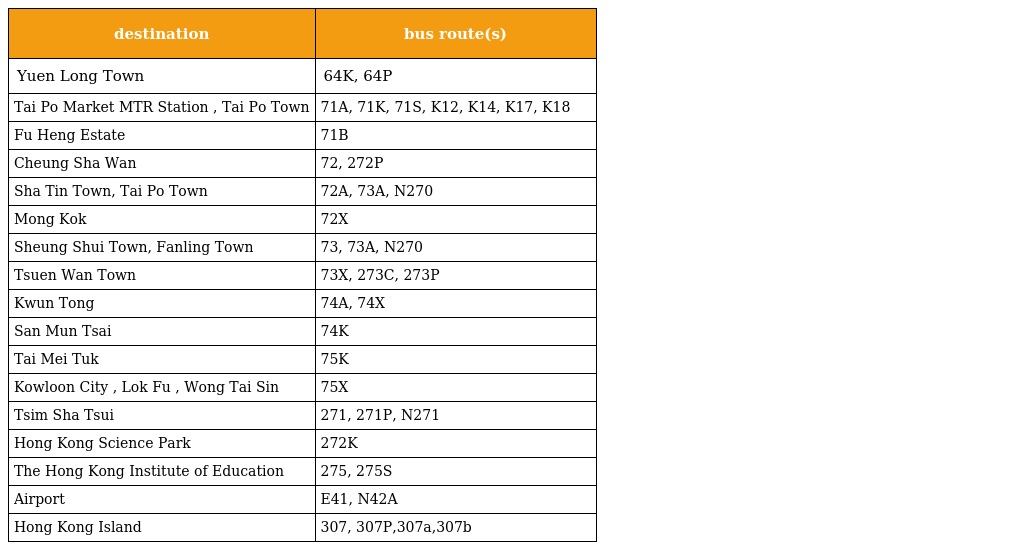
| destination | bus route(s) |
 | --- | --- |
 | Yuen Long Town | 64K, 64P |
 | Tai Po Market MTR Station , Tai Po Town | 71A, 71K, 71S, K12, K14, K17, K18 |
 | Fu Heng Estate | 71B |
 | Cheung Sha Wan | 72, 272P |
 | Sha Tin Town, Tai Po Town | 72A, 73A, N270 |
 | Mong Kok | 72X |
 | Sheung Shui Town, Fanling Town | 73, 73A, N270 |
 | Tsuen Wan Town | 73X, 273C, 273P |
 | Kwun Tong | 74A, 74X |
 | San Mun Tsai | 74K |
 | Tai Mei Tuk | 75K |
 | Kowloon City , Lok Fu , Wong Tai Sin | 75X |
 | Tsim Sha Tsui | 271, 271P, N271 |
 | Hong Kong Science Park | 272K |
 | The Hong Kong Institute of Education | 275, 275S |
 | Airport | E41, N42A |
 | Hong Kong Island | 307, 307P,307a,307b |